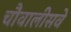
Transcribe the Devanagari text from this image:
चौवालीसवे